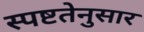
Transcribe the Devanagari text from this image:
स्पष्टतेनुसार